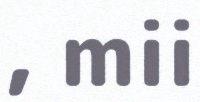
, mii